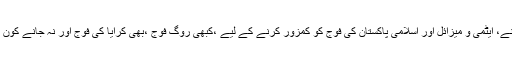
پاکستان کے دشمن اور گریٹ گیم کے سرغنے، ایٹمی و میزائل اور اسلامی پاکستان کی فوج کو کمزور کرنے کے لیے ،کبھی روگ فوج ،بھی کرایا کی فوج اور نہ جانے کون کون کونسے الزامات سے لگاتے رہتے ہیں۔